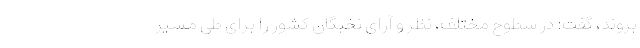
بروند، گفت: در سطوح مختلف، نظر و آرای نخبگان کشور را برای طی مسیر